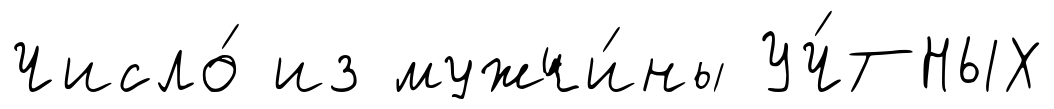
Число́ из мужчи́ны УЧ́ТНЫХ